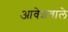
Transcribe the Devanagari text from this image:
आवेशवाले